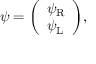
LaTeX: \psi = { \left( \begin{array} { l } { \psi _ { \mathrm { { R } } } } \\ { \psi _ { \mathrm { { L } } } } \end{array} \right) } ,